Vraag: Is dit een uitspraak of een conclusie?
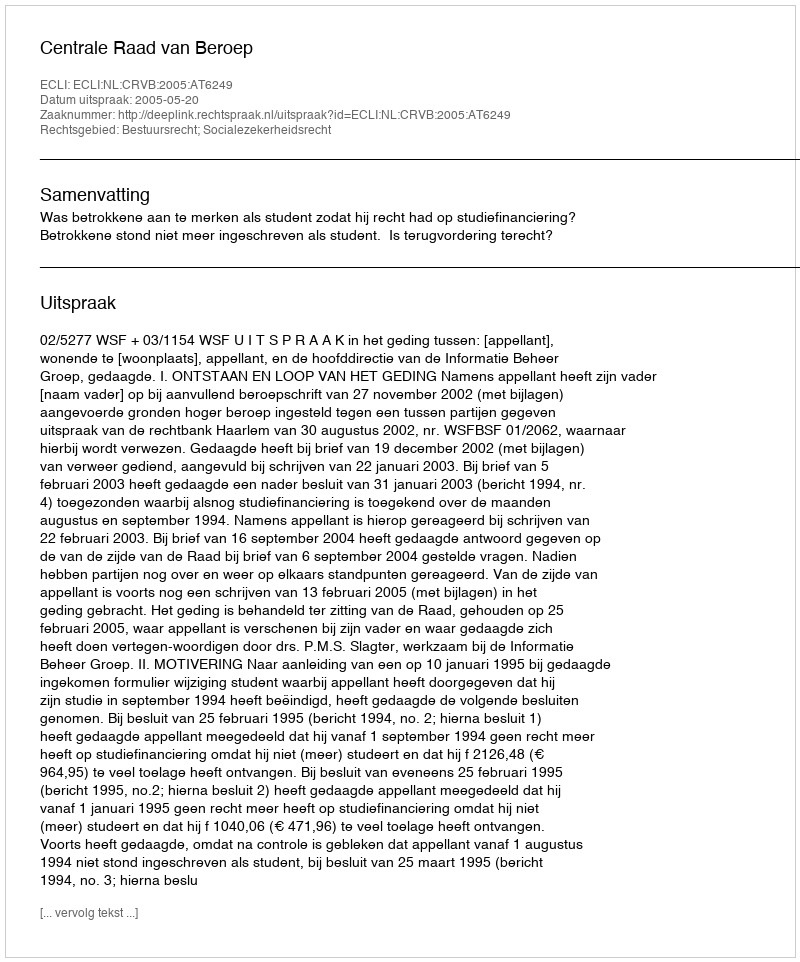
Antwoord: Uitspraak